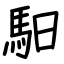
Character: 馹